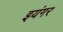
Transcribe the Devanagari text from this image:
इयंगर